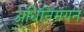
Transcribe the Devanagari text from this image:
अधिनिमयन